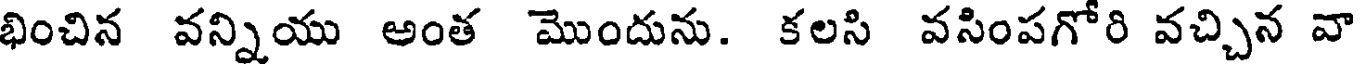
భించిన వన్నియు అంత మొందును. కలసి వసింపగోరి వచ్చిన వా